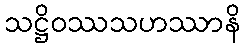
သဋ္ဌိဝဿသဟဿာနိ